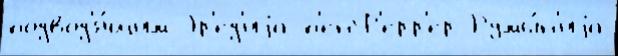
подвод'я́щим Эр'ед'иjа п'енФ'ерр'ер Румы́н'иjа